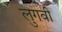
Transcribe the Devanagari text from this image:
लुगवी